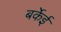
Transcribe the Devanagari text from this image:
बर्केई